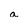
Character: a